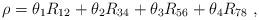
LaTeX: \begin{align*} \rho = \theta_1 R_{12} + \theta_2 R_{34} + \theta_3 R_{56} + \theta_4 R_{78}~,\end{align*}